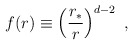
\begin{align*}f(r)\equiv \left({r_*\over r}\right)^{d-2}~,\end{align*}